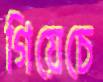
গিয়েচে